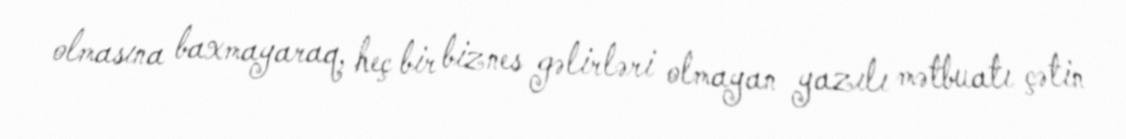
olmasına baxmayaraq, heç bir biznes gəlirləri olmayan yazılı mətbuatı çətin